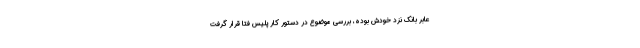
عابر بانک نزد خودش بوده، بررسی موضوع در دستور کار پلیس فتا قرار گرفت